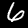
Digit: 6